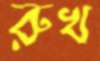
রুখ